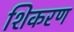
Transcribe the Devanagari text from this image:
शिकरण